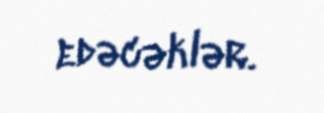
edəcəklər.